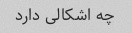
چه اشکالی دارد